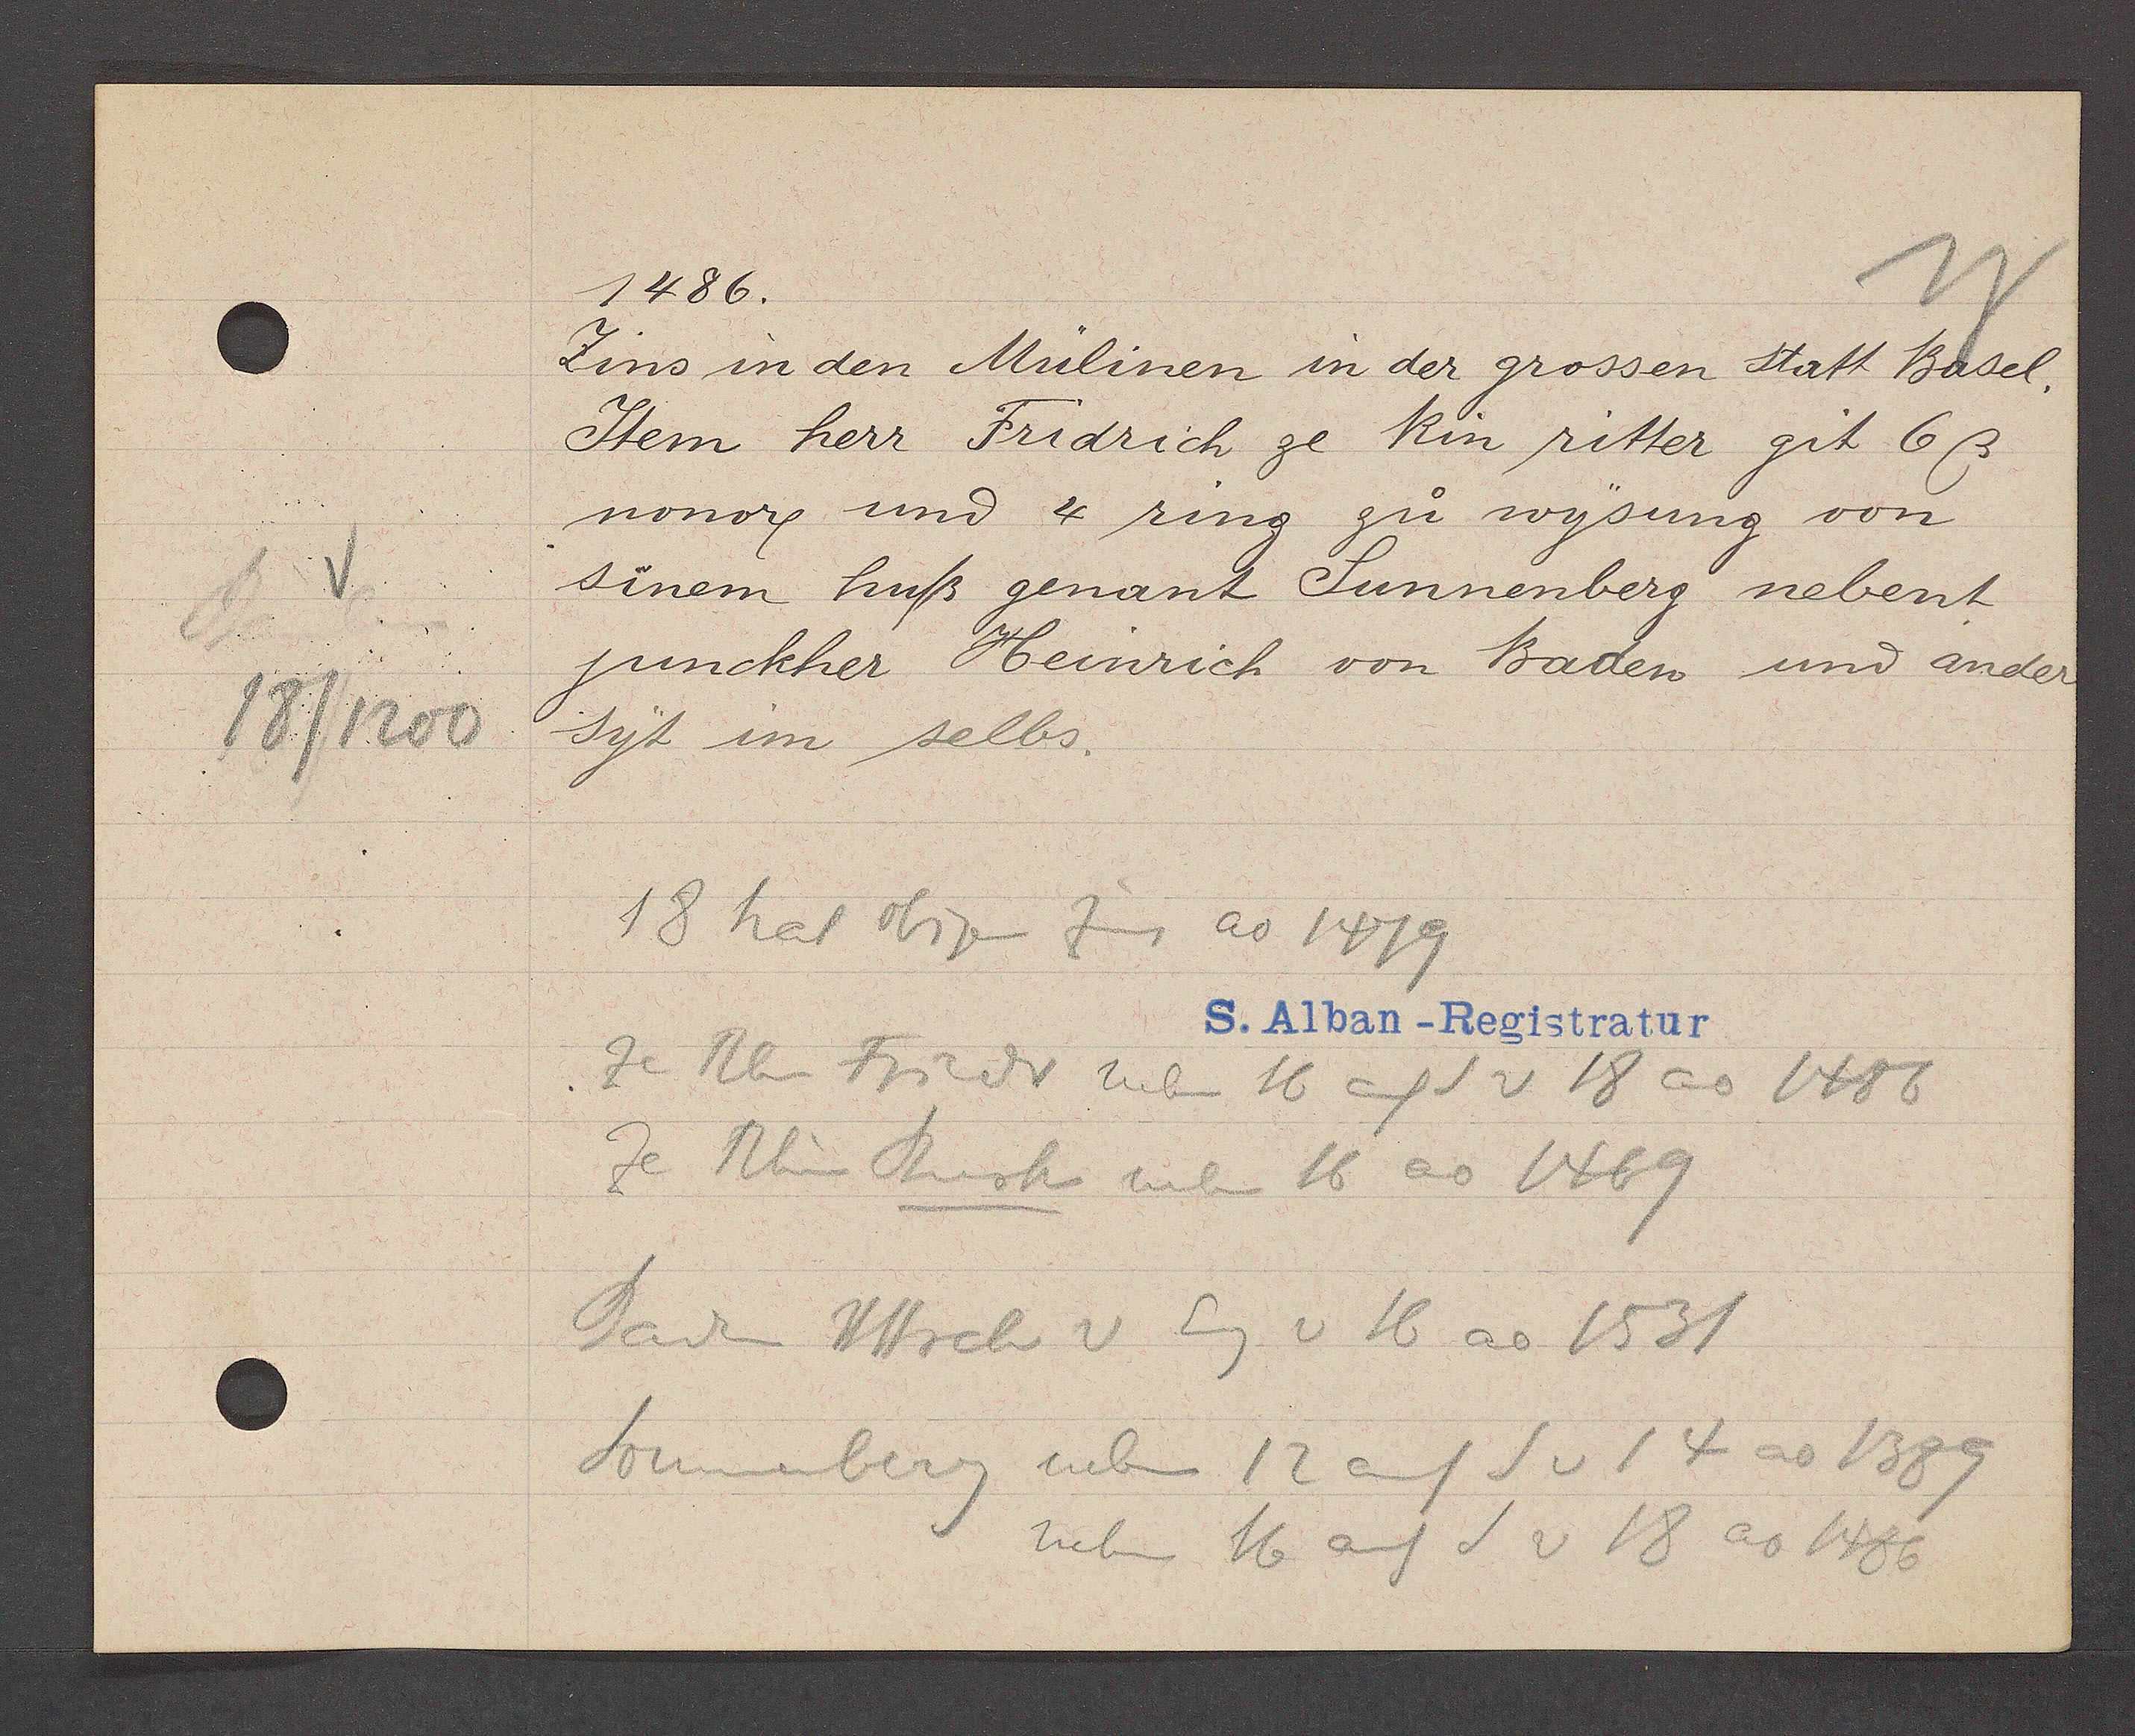
Transcript:
18/1200

1486.

Zins in den Mülinen in der grossen Statt Basel.
Item herr Fridrich ze Rin ritter git 6ß
nonor. und 4 ring zu wysung von
sinem huß genant Sunnenberg nebent
junckher Heinrich von Baden und ander
syt im selbs.

18 hat obigen Zins ao 1479
ze Rhn Friedr neben 16 auf S v 18 ao 1486
ze Rhein Burk neben 16 ao 1469
Baden HHrch v Eig v 16 ao 1531
Sonnenberg neben 12 auf S v 14 ao 1389
neben 16 auf S v 18 ao 1486

S. Alban-Registratur